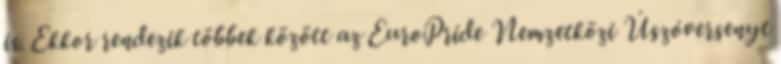
is. Ekkor rendezik többek között az EuroPride Nemzetközi Úszóversenyt